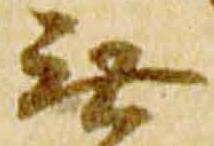
無